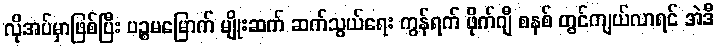
လိုအပ်မှာဖြစ်ပြီး ပဉ္စမမြောက် မျိုးဆက် ဆက်သွယ်ရေး ကွန်ရက် ဖိုက်ဂျီ စနစ် တွင်ကျယ်လာရင် အဲဒီ